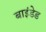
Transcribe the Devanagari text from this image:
बाइंडेड